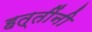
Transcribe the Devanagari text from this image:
हत्तींनी